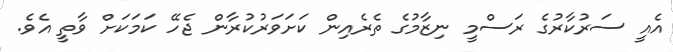
އެއީ ސަރުކާރުގެ ރަސްމީ ނިޒާމުގެ ތެރެއިން ކަށަވަރުކުރާން ޖެހޭ ކަމަކަށް ވާތީ އެވެ.